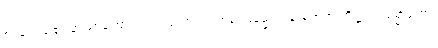
စ၊ ခဲသည်၏ အဖြစ်ကြောင့်လည်းကောင်း။ အရူပဓမ္မေသု၊ နာမ်တရားတို့၌။ သမ္မောဟော၊